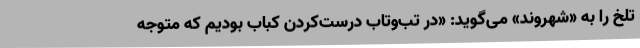
تلخ را به «شهروند» می‌گوید: «در تب‌وتاب درست‌کردن کباب بودیم که متوجه